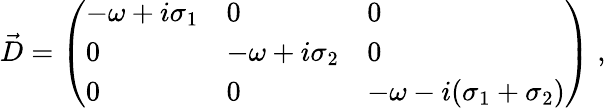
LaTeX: \vec{D}=\left(\begin{array}{lll}{-{\omega}+i\sigma_{1}}&{0}&{0}\\ {0}&{-{\omega}+i\sigma_{2}}&{0}\\ {0}&{0}&{-{\omega}-i(\sigma_{1}+\sigma_{2})}\end{array}\right)\; ,